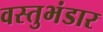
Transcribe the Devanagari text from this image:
वस्तुभंडार